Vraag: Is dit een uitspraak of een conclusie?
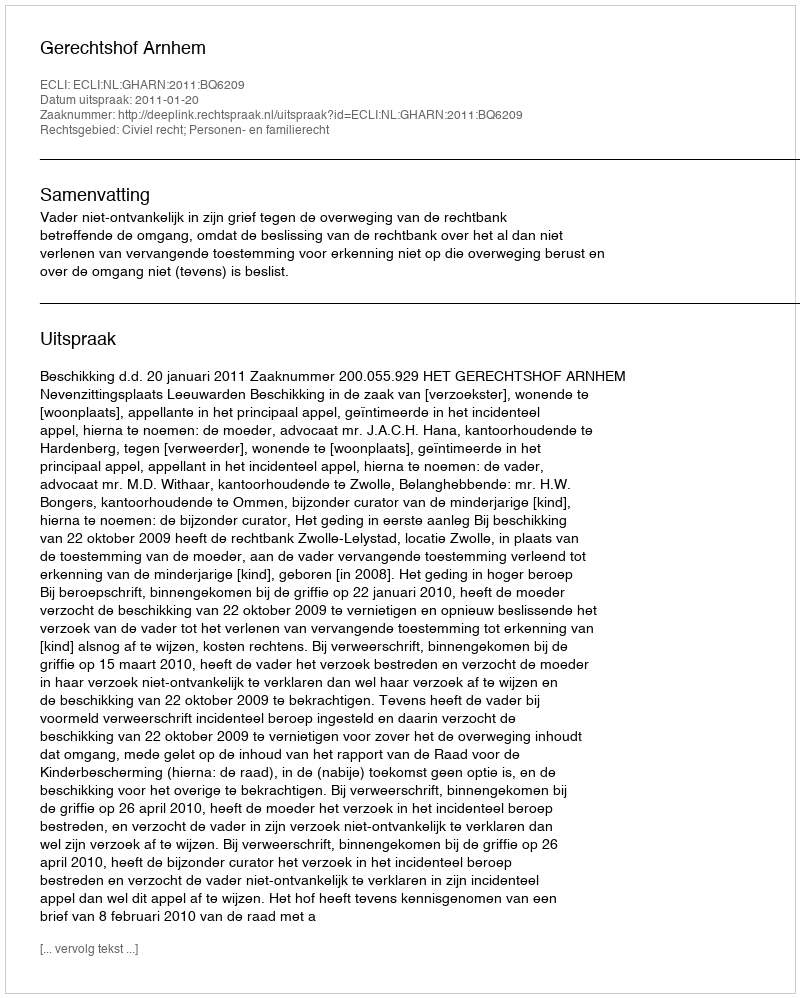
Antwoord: Uitspraak